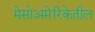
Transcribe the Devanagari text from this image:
मेसोअमेरिकेतील